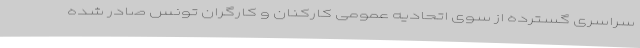
سراسری گسترده از سوی اتحادیه عمومی کارکنان و کارگران تونس صادر شده